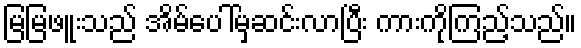
မြမြဖူးသည် အိမ်ပေါ်မှဆင်းလာပြီး ကားကိုကြည့်သည်။